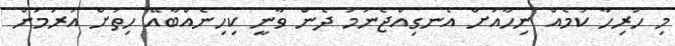
މި ހުރިހާ ކަމެއް ނިހާއަށް އެނގިއްޖެނަމަ ދެން ވާނީ ކިހިނެއްބާއޭ ހިތަށް އަރަމުން